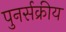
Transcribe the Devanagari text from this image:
पुनर्सक्रीय